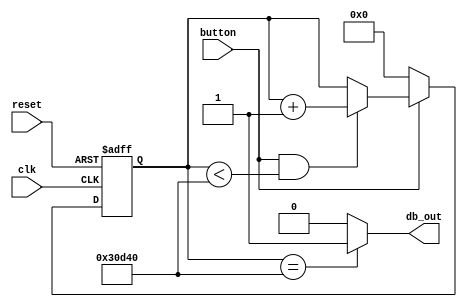
`timescale 1ns / 1ps

module debounce_button
(
   input wire clk, reset, button,
	output db_out
);

// debounce button input for 2 ms (super long, but still responsive)
reg [17:0] db_reg;     // register for debounce counter

// infer debounce register and next-state logic 
always @(posedge clk, posedge reset)
	if(reset)
		db_reg <= 0;
	else
		// if button unpressed, set to 0, else if button pressed and db_reg not maxed,
		// increment, else remain the same
		db_reg <= !button ? 0 : (button && db_reg < 200000) ? db_reg + 1 : db_reg;
	
// assing debounced signal, asserted when db_reg maxes out, and 2 ms have elapsed 
assign db_out = (db_reg == 200000) ? 1 : 0;

endmodule